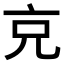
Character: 𠑽